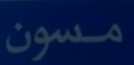
مسون